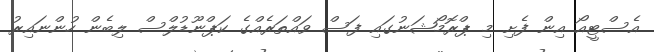
އެސްޓީއޯ އިން ފެށި މި ޕްރޮމޯޝަނުގައި ފަސް ވައްތަރެއްގެ ކަޕްނޫޑުލްސް ލިބެން ހުންނައިރު